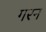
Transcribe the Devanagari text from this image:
गरन